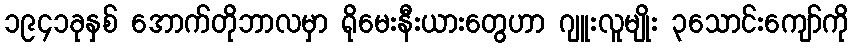
၁၉၄၁ခုနှစ် အောက်တိုဘာလမှာ ရိုမေးနီးယားတွေဟာ ဂျူးလူမျိုး ၃သောင်းကျော်ကို